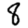
Digit: 8